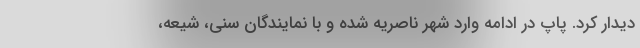
دیدار کرد. پاپ در ادامه وارد شهر ناصریه شده و با نمایندگان سنی، شیعه،